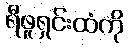
ရီဖူရှင်းထံကို